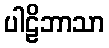
ပါဠိဘာသာ